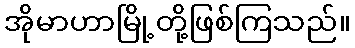
အိုမာဟာမြို့တို့ဖြစ်ကြသည်။